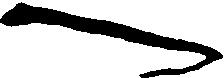
へ